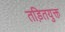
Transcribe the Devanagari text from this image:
तड़ितयुक्त